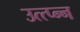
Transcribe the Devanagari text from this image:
उत्त्प्न्न